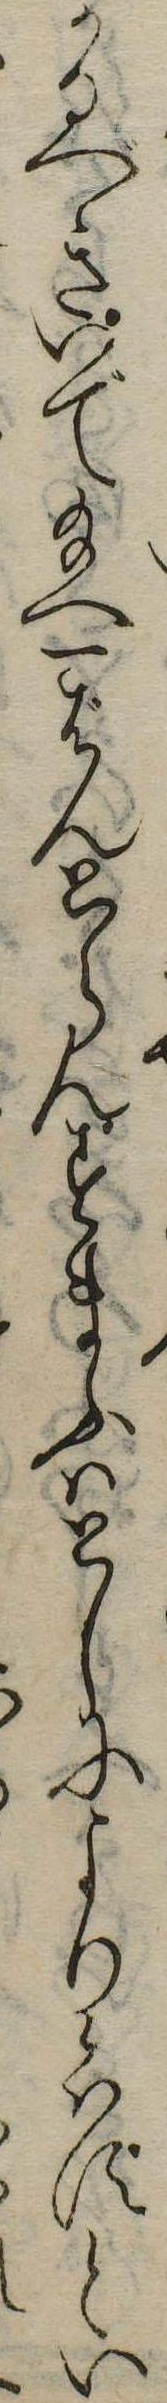
かるべきいで給へ一ばんとらんすまふはとしにより候はずとい